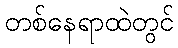
တစ်နေရာထဲတွင်